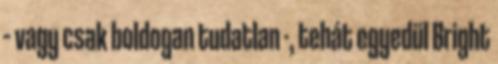
– vagy csak boldogan tudatlan -, tehát egyedül Bright